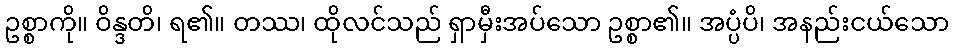
ဥစ္စာကို။ ဝိန္ဒတိ၊ ရ၏။ တဿ၊ ထိုလင်သည် ရှာမှီးအပ်သော ဥစ္စာ၏။ အပ္ပံပိ၊ အနည်းငယ်သော